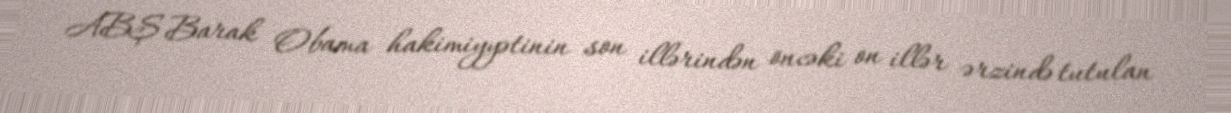
ABŞ Barak Obama hakimiyyətinin son illərindən öncəki on illər ərzində tutulan